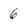
Character: 6